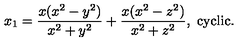
x _ { 1 } = \frac { x ( x ^ { 2 } - y ^ { 2 } ) } { x ^ { 2 } + y ^ { 2 } } + \frac { x ( x ^ { 2 } - z ^ { 2 } ) } { x ^ { 2 } + z ^ { 2 } } , \ \mathrm { c y c l i c } .